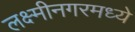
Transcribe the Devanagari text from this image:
लक्ष्मीनगरमध्ये